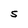
Character: S